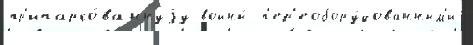
пр'ипарко́ваннуjу войны́  п'ер'еобору́дованным'и